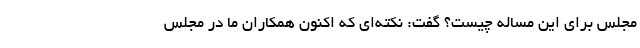
مجلس برای این مساله چیست؟ گفت: نکته‌ای که اکنون همکاران ما در مجلس